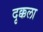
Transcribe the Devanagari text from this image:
दृक्कला